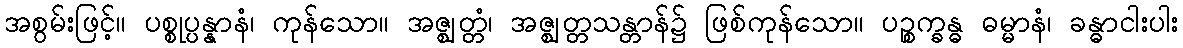
အစွမ်းဖြင့်။ ပစ္စုပ္ပန္နာနံ၊ ကုန်သော။ အဇ္ဈတ္တံ၊ အဇ္ဈတ္တသန္တာန်၌ ဖြစ်ကုန်သော။ ပဉ္စက္ခန္ဓ ဓမ္မာနံ၊ ခန္ဓာငါးပါး